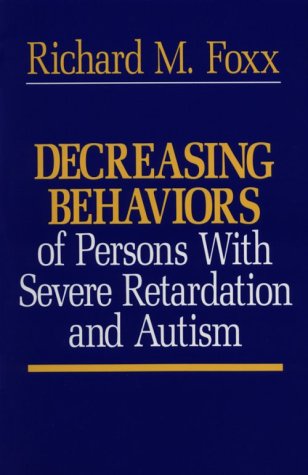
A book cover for Decreasing Behaviors of Persons With Severe Retardation and Autism; Richard M. Foxx; Health, Fitness & Dieting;